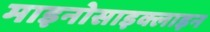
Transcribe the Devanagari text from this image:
माइनोसाइक्लाइन